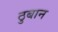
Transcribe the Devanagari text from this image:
ठुबान